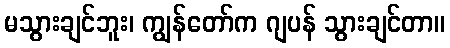
မသွားချင်ဘူး၊ ကျွန်တော်က ဂျပန် သွားချင်တာ။